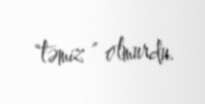
"təmiz " olmurdu.